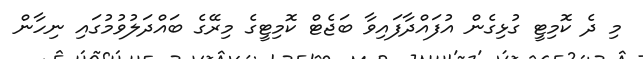
މި ދެ ކޮމިޓީ ގުޅިގެން އުފައްދާފައިވާ ބަޖެޓް ކޮމިޓީގެ މިރޭގެ ބައްދަލުވުމުގައި ނިހާން